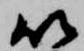
以